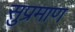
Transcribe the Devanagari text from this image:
सुप्रमाण